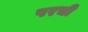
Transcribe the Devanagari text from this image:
परची